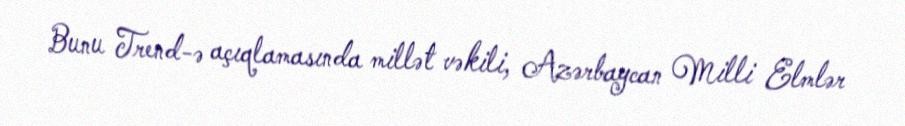
Bunu Trend-ə açıqlamasında millət vəkili, Azərbaycan Milli Elmlər